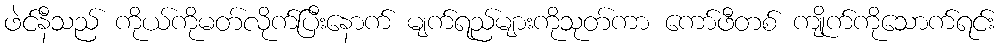
ဖဲင်နီသည် ကိုယ်ကိုမတ်လိုက်ပြီးနောက် မျက်ရည်များကိုသုတ်ကာ ကော်ဖီတစ် ကျိုက်ကိုသောက်ရင်း